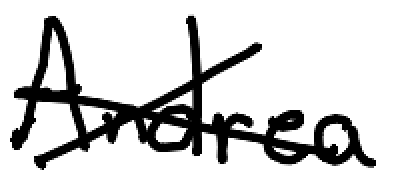
Text: Andrea
Cross-out: cross
Writing tool: digital_black